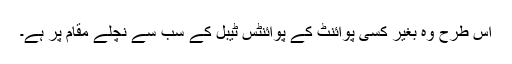
اس طرح وہ بغیر کسی پوائنٹ کے پوائنٹس ٹیبل کے سب سے نچلے مقام پر ہے۔